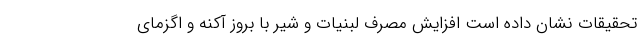
تحقیقات نشان داده است افزایش مصرف لبنیات و شیر با بروز آکنه و اگزمای